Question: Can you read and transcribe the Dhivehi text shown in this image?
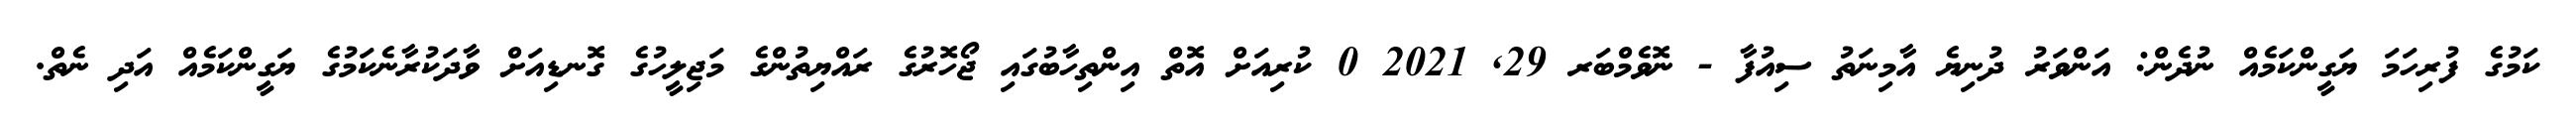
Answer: ކަމުގެ ފުރިހަމަ ޔަގީންކަމެއް ނުދެން: އަންވަރު ދުނިޔެ އާމިނަތު ސިއުފާ - ނޮވެމްބަރ 29, 2021 0 ކުރިއަށް އޮތް އިންތިހާބުގައި ޖޯހޮރުގެ ރައްޔިތުންގެ މަޖިލީހުގެ ގޮނޑިއަށް ވާދަކުރާނެކަމުގެ ޔަގީންކަމެއް އަދި ނެތް.